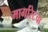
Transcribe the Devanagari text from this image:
मार्गारेटचा